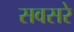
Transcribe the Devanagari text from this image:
सवसरे